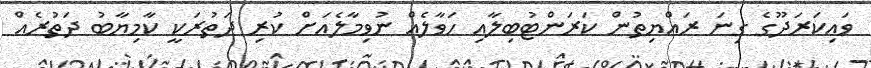
ވައިކަރަދޫގެ ގިނަ ރައްޔިތުން ކަރަންޓުބިލާއި ހަވާލެއް ނުވިމާލެއަށް ކުރި ދަތުރަކީ ކާމިޔާބު ދަތުރެއް